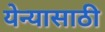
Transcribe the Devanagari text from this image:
येन्यासाठी